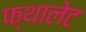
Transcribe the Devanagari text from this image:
फ्थालेट